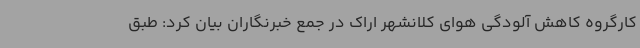
کارگروه کاهش آلودگی هوای کلانشهر اراک در جمع خبرنگاران بیان کرد: طبق